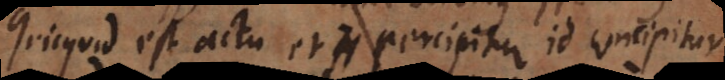
Quicquid est actu et percipitur, id concipitur.